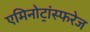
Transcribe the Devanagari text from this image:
एमिनोट्रांस्फरेज